Problem: 7 - 6 = ?
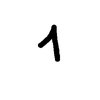
Handwritten answer: 1